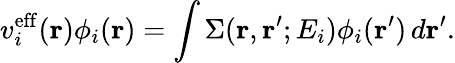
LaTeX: v_{i}^{\mathrm{eff}}(\mathbf{r})\phi_{i}(\mathbf{r})=\int\Sigma(\mathbf{r},\mathbf{r}^{\prime};E_{i})\phi_{i}(\mathbf{r}^{\prime})\, d\mathbf{r}^{\prime}.